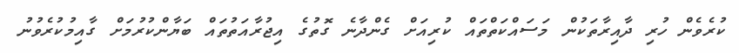
ކުރެވެން ހުރި ދާއިރާތަކުން މަސައްކަތްތައް ކުރިއަށް ގެންދާނެ ގޮތުގެ އިޖުރާއަތުތައް ބަޔާންކުރުމަށް ގާއިމުކުރެވުނު